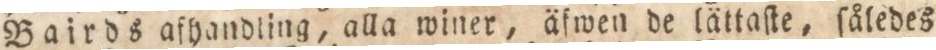
Bairds afhandling, alla winer, äſwen de lättſte, ſåledes